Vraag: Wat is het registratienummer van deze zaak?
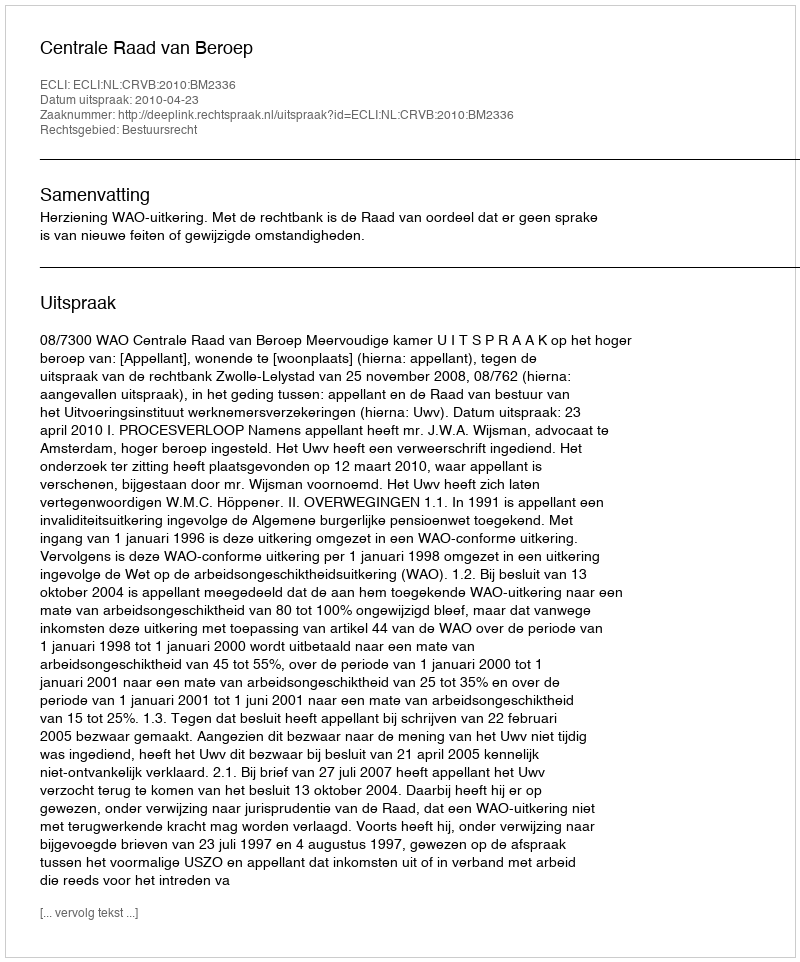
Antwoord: http://deeplink.rechtspraak.nl/uitspraak?id=ECLI:NL:CRVB:2010:BM2336